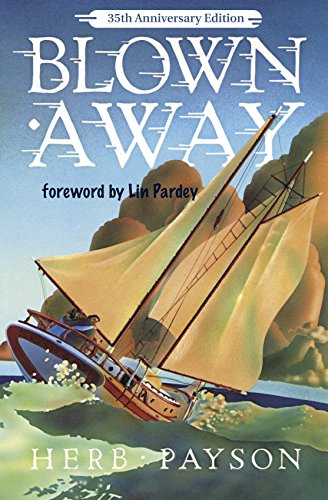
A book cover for Blown Away; Herb Payson; Travel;